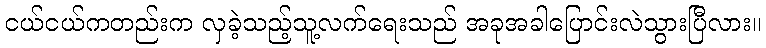
ငယ်ငယ်ကတည်းက လှခဲ့သည့်သူ့လက်ရေးသည် အခုအခါပြောင်းလဲသွားပြီလား။